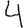
Digit: 4